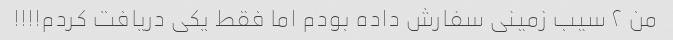
من ۲ سیب زمینی سفارش داده بودم اما فقط یکی دریافت کردم!!!!